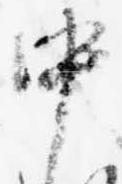
中